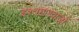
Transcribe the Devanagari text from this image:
इश्तहारवाजों